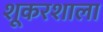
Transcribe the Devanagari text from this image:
शूकरशाला